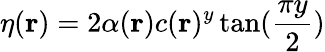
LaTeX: \eta(\textbf{r})=2\alpha(\textbf{r})c(\textbf{r})^{y}\tan(\frac{\pi y}{2})